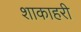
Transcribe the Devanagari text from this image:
शाकाहरी